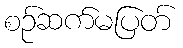
စဉ်ဆက်မပြတ်